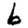
Digit: 6